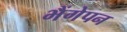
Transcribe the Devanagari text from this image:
भैंगेपन